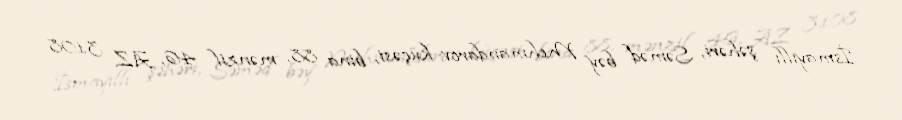
İsmayıllı şəhəri, Səməd bəy Mehmandarov küçəsi, bina 88, mənzil 46, AZ 3108